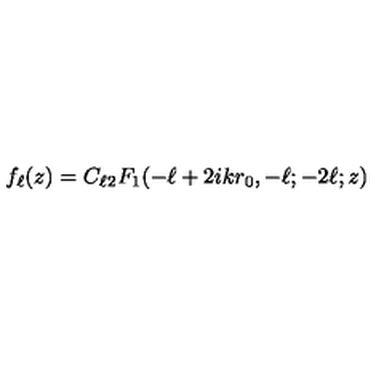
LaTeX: f _ { \ell } ( z ) = C _ { \ell } { } _ { 2 } F _ { 1 } ( - \ell + 2 i k r _ { 0 } , - \ell ; - 2 \ell ; z )